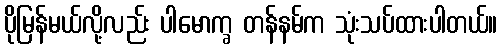
ပိုမြန်မယ်လို့လည်း ပါမောက္ခ တန်နမ်က သုံးသပ်ထားပါတယ်။